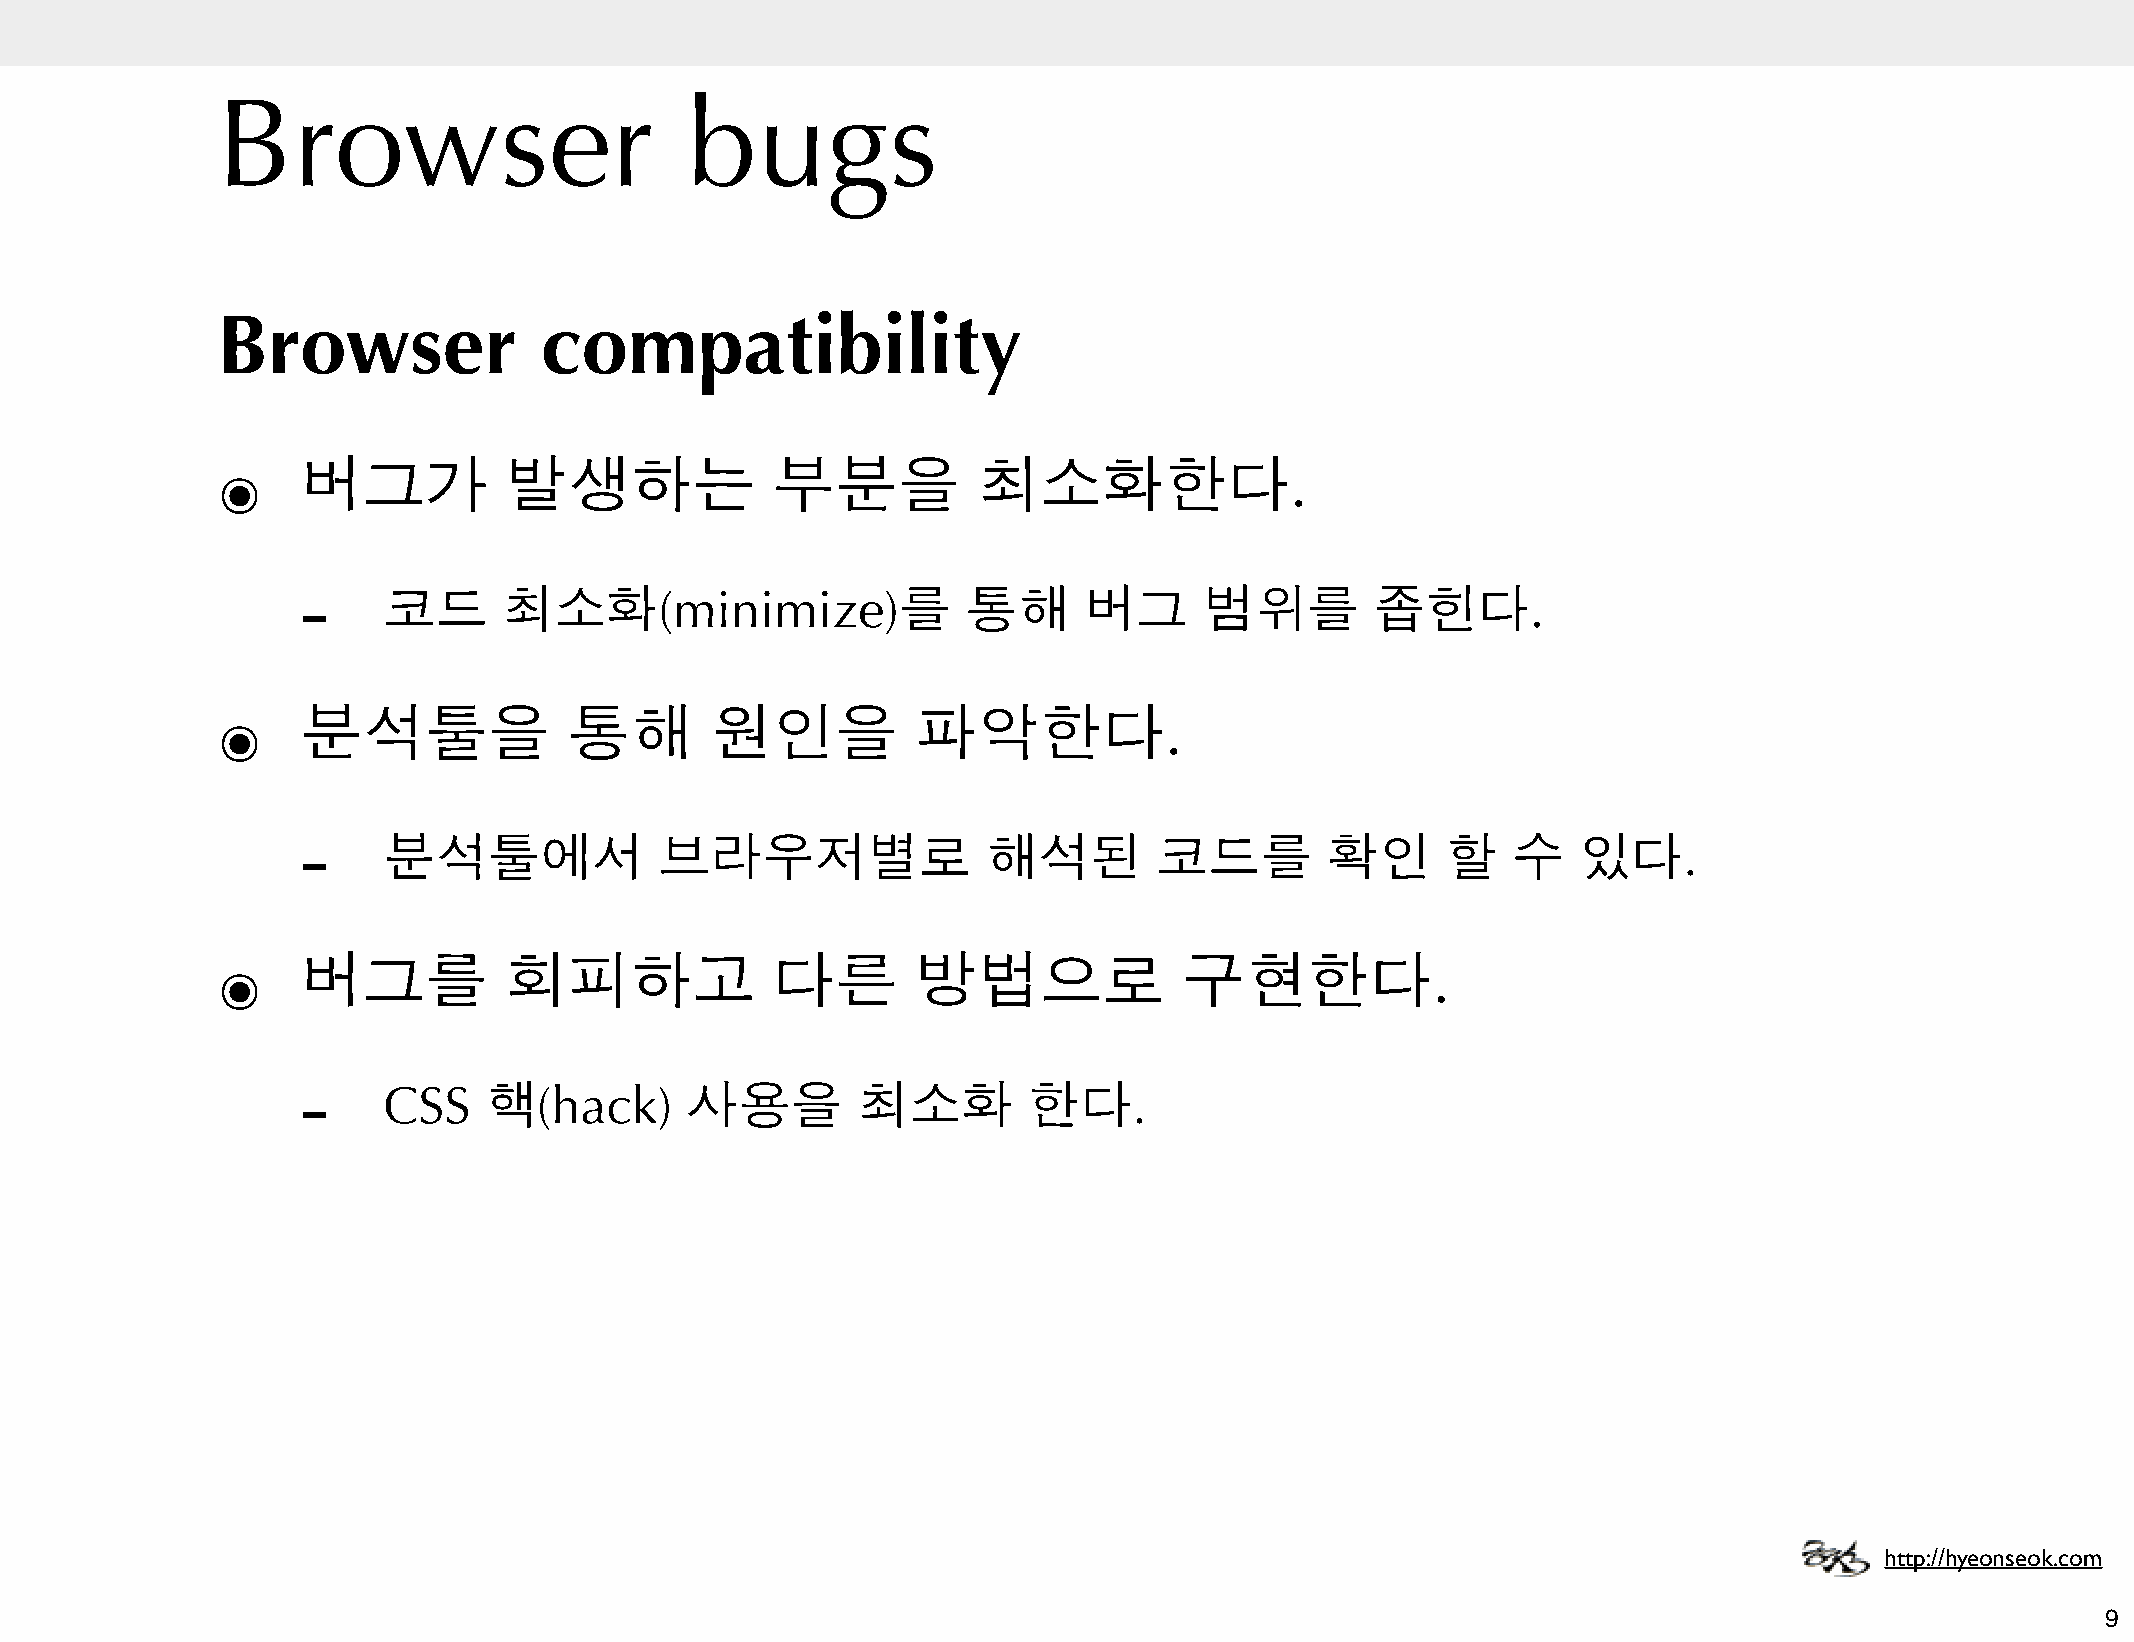
Browser                         bugs
 Browser               compatibility
 ๏     버그가          발생하는              부분을           최소화한다.
 -
 코드      최소화(minimize)를                 통해      버그      범위를        좁힌다.
 ๏     분석툴을              통해       원인을           파악한다.
 -
 분석툴에서              브라우저별로               해석된         코드를        확인      할   수    있다.
 ๏     버그를          회피하고              다른        방법으로             구현한다.
 -
 CSS    핵(hack)      사용을         최소화        한다.
 http://hyeonseok.com
 9